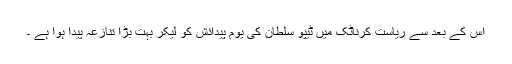
اس کے بعد سے ریاست کرناٹک میں ٹیپو سلطان کی یوم پیدائش کو لیکر بہت بڑا تنازعہ پیدا ہوا ہے ۔